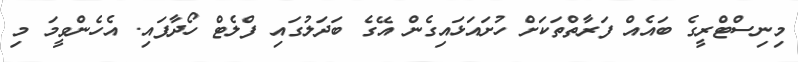
މިނިސްޓްރީގެ ބައެއް ފަރާތްތަކަށް ހުށައަޅައިގެން އޭގެ ބަދަލުގައި ފްލެޓް ހޯދާފައި. އެހެންވީމަ މި